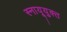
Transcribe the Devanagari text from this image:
स्नायूयुक्त